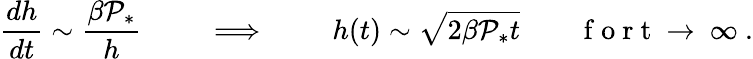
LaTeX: {\frac{dh}{dt}}\sim{\frac{\beta\mathcal{P}_{*}}{h}}\qquad\implies\qquad h(t)\sim\sqrt{2\beta\mathcal{P}_{*}t}\qquad\mathrm{~f~o~r~t~\to~\infty~}.